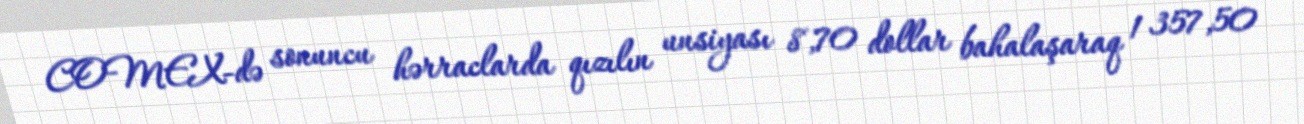
COMEX-də sonuncu hərraclarda qızılın unsiyası 8,70 dollar bahalaşaraq 1 357,50